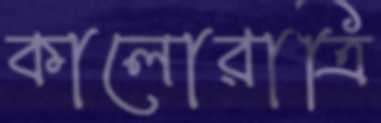
কালোরাত্রি